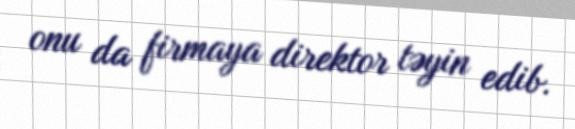
onu da firmaya direktor təyin edib.